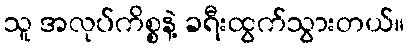
သူ အလုပ်ကိစ္စနဲ့ ခရီးထွက်သွားတယ်။